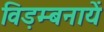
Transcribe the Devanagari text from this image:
विड़म्बनायें